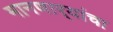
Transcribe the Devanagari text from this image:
मानणार्‍यांचा